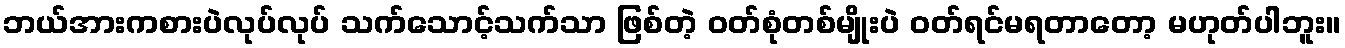
ဘယ်အားကစားပဲလုပ်လုပ် သက်သောင့်သက်သာ ဖြစ်တဲ့ ဝတ်စုံတစ်မျိုးပဲ ဝတ်ရင်မရတာတော့ မဟုတ်ပါဘူး။